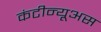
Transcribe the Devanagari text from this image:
कंटीन्यूअस